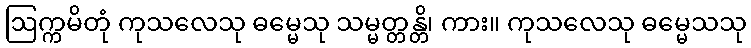
ဩက္ကမိတုံ ကုသလေသု ဓမ္မေသု သမ္မတ္တန္တိ၊ ကား။ ကုသလေသု ဓမ္မေသသု